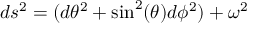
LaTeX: d s ^ { 2 } = ( d { \theta } ^ { 2 } + \sin ^ { 2 } ( \theta ) d { \phi } ^ { 2 } ) + { \omega } ^ { 2 }